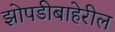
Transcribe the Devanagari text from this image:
झोपडीबाहेरील